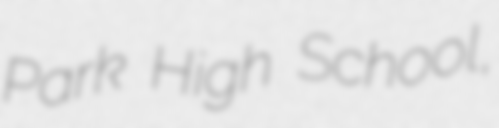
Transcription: Park High School,